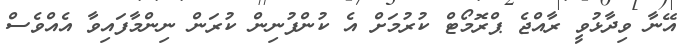
އޭނާ ވިދާޅުވީ ރާއްޖެ ޕްރޮމޯޓް ކުރުމަށް އެ ކުންފުނިން ކުރަން ނިންމާފައިވާ އެއްވެސް